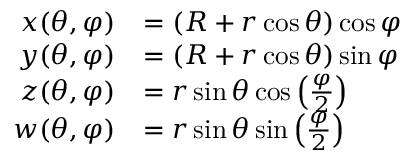
{ \begin{array} { r l } { x ( \theta , \varphi ) } & { = ( R + r \cos \theta ) \cos { \varphi } } \\ { y ( \theta , \varphi ) } & { = ( R + r \cos \theta ) \sin { \varphi } } \\ { z ( \theta , \varphi ) } & { = r \sin \theta \cos \left( { \frac { \varphi } { 2 } } \right) } \\ { w ( \theta , \varphi ) } & { = r \sin \theta \sin \left( { \frac { \varphi } { 2 } } \right) } \end{array} }